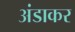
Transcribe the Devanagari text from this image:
अंडाकर